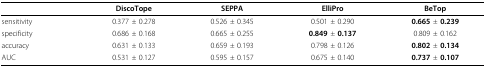
|  | DiscoTope | SEPPA | ElliPro | BeTop |
 | --- | --- | --- | --- | --- |
 | sensitivity | 0.377 ± 0.278 | 0.526 ± 0.345 | 0.501 ± 0.290 | 0.665 ± 0.239 |
 | specificity | 0.686 ± 0.168 | 0.665 ± 0.255 | 0.849 ± 0.137 | 0.809 ± 0.162 |
 | accuracy | 0.631 ± 0.133 | 0.659 ± 0.193 | 0.798 ± 0.126 | 0.802 ± 0.134 |
 | AUC | 0.531 ± 0.127 | 0.595 ± 0.157 | 0.675 ± 0.140 | 0.737 ± 0.107 |